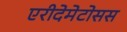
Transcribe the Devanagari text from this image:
एरीदेमेटोसस